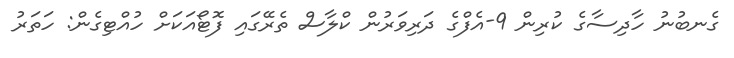
ގެނބުނު ހާދިސާގެ ކުރިން 9-އެފްގެ ދަރިވަރުން ކްލާސް ތެރޭގައި ފޮޓޯއަކަށް ހުއްޓިގެން: ހަތަރު